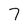
Character: 7